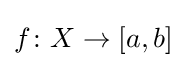
f\colon X\to [a,b]